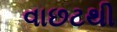
વાછટથી